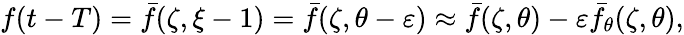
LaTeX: f(t-T)=\bar{f}(\zeta,\xi-1)=\bar{f}(\zeta,\theta-\varepsilon)\approx\bar{f}(\zeta,\theta)-\varepsilon\bar{f}_{\theta}(\zeta,\theta),